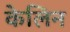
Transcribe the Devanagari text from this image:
केलिन